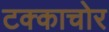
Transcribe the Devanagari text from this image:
टक्काचोर